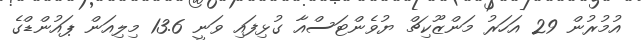
އުމުރުން 29 އަހަރު މަންޒޫކިޗް ޔުވެންޓަސްއާ ގުޅިފައި ވަނީ 13.6 މިލިއަން ޕައުންޑްގެ